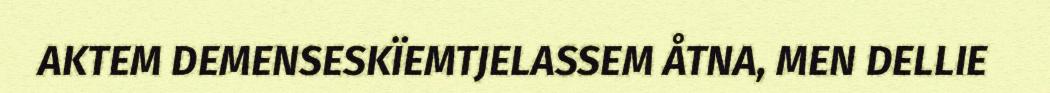
AKTEM DEMENSESKÏEMTJELASSEM ÅTNA, MEN DELLIE